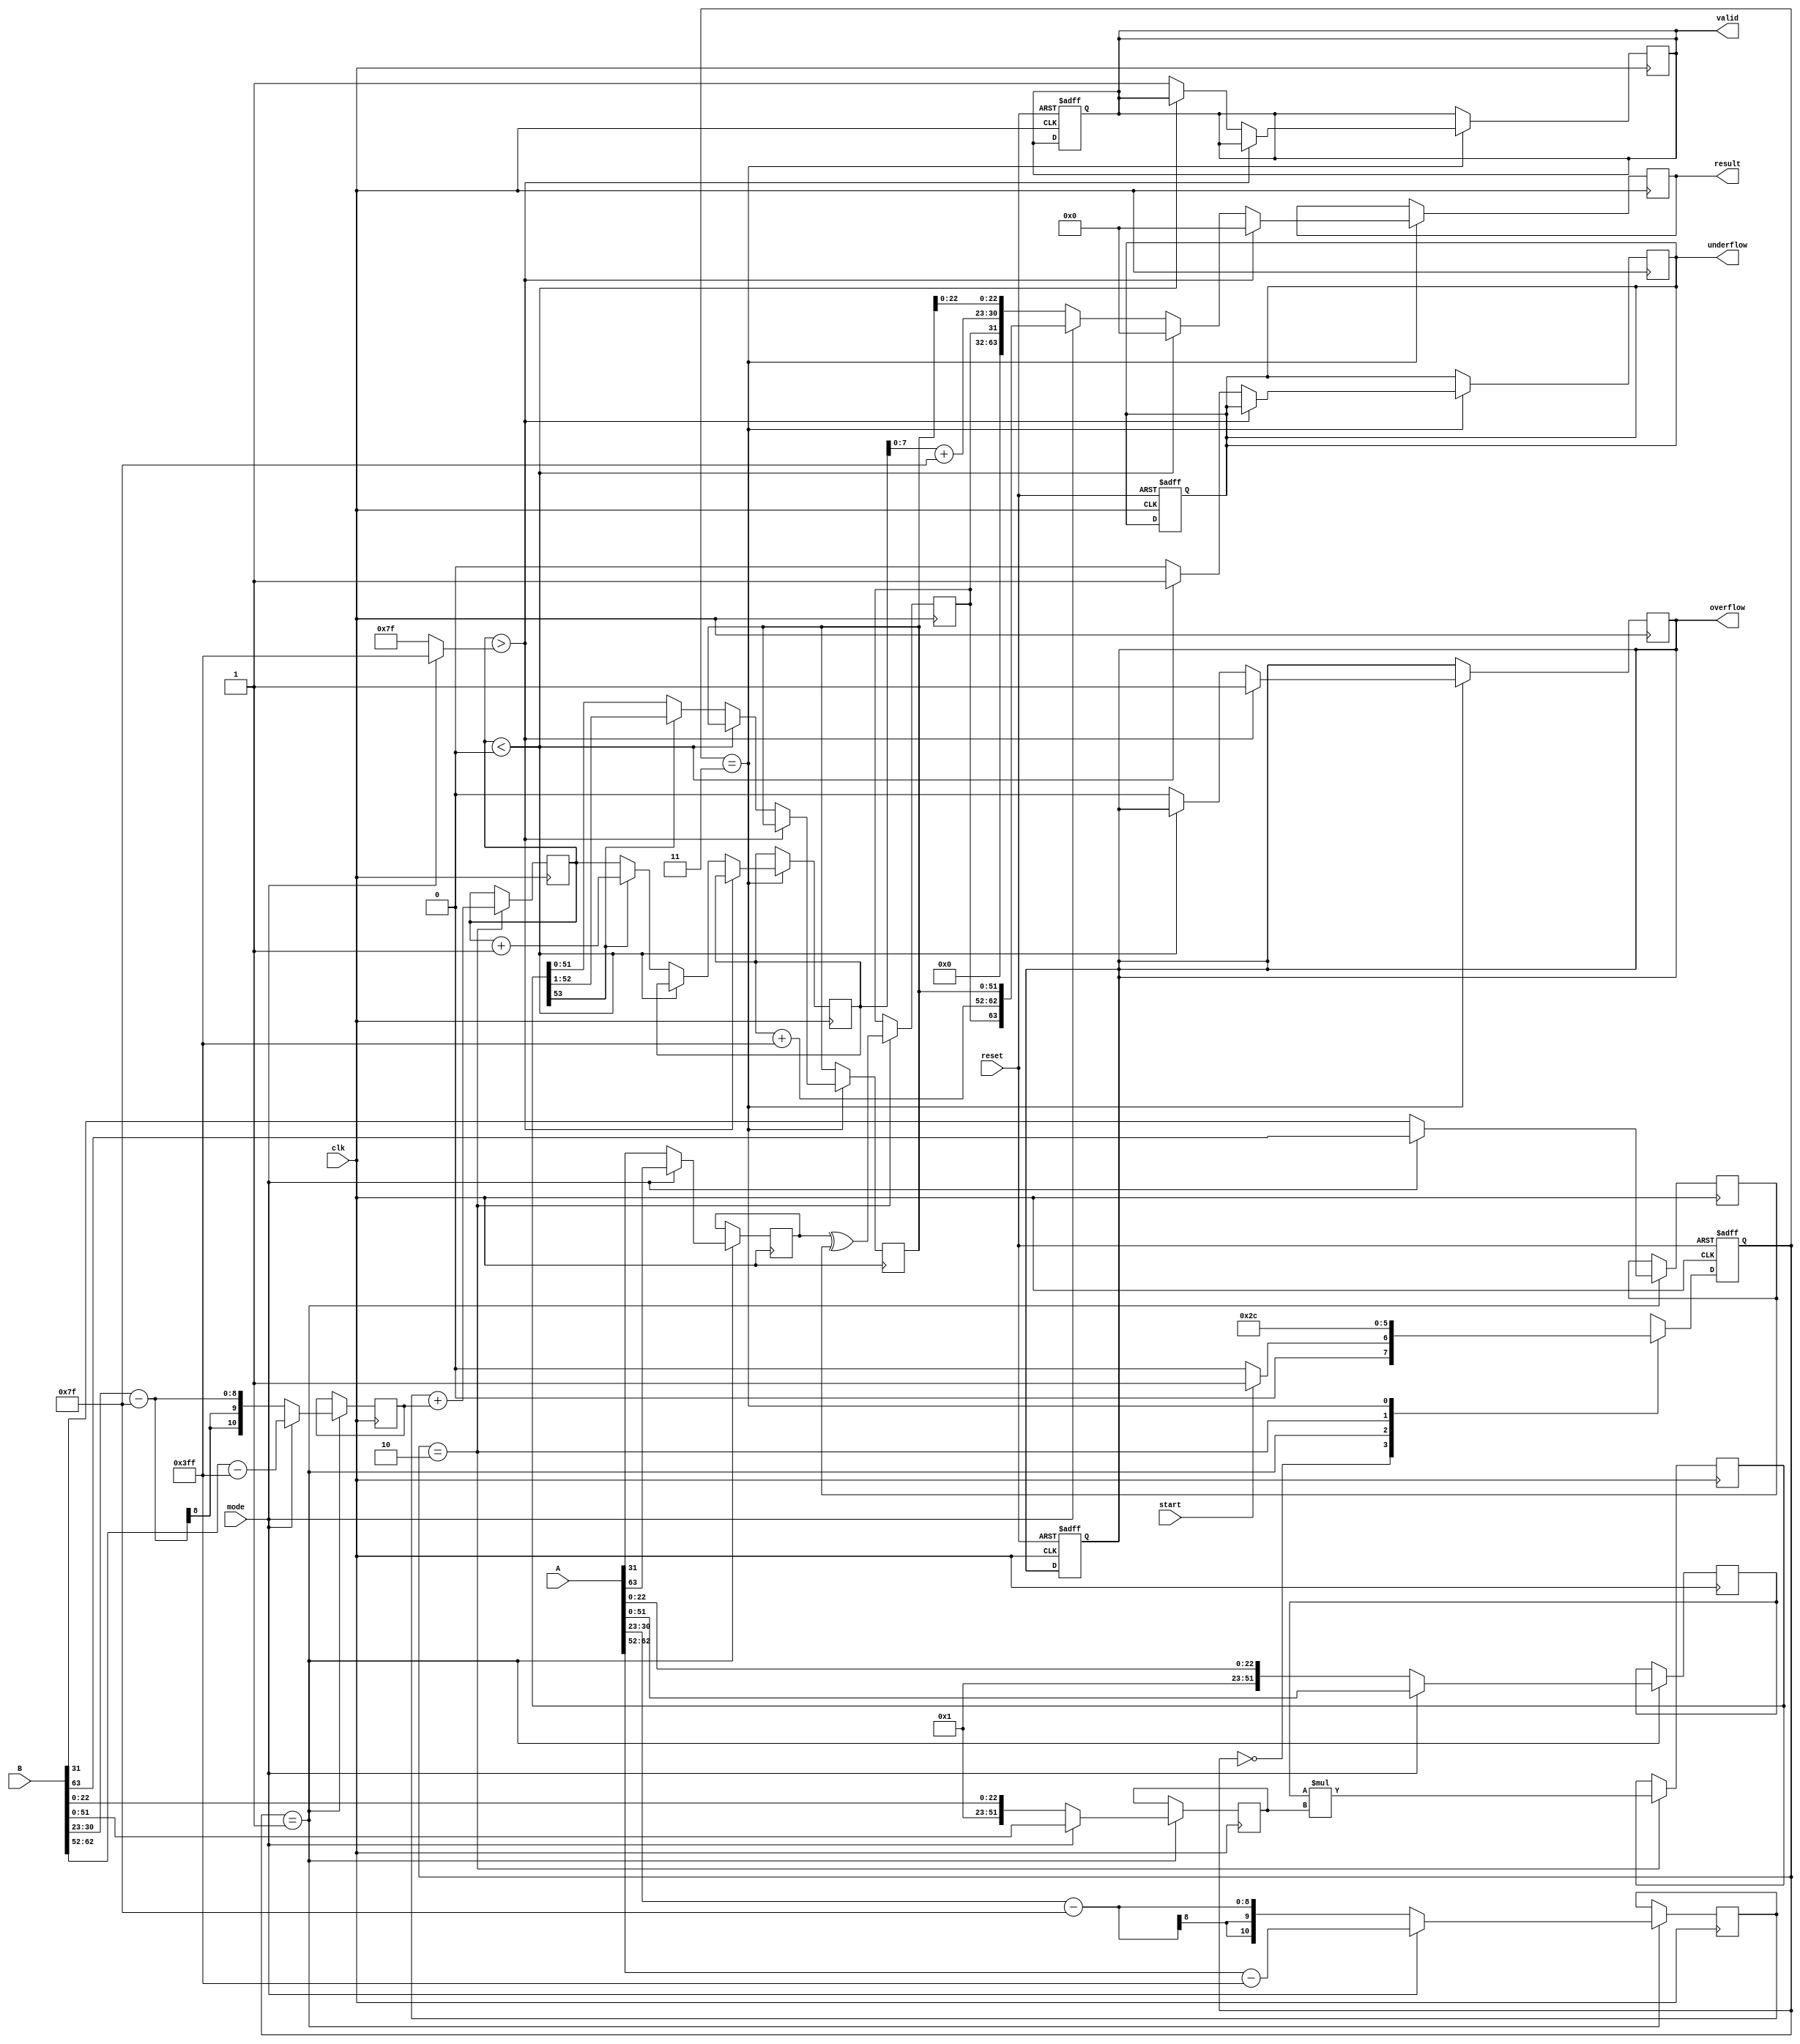
module floating_point_multiplier (
    input wire clk,
    input wire reset,
    input wire start,
    input wire mode, // 0 for single precision, 1 for double precision
    input wire [63:0] A, // Input A (64 bits for double precision)
    input wire [63:0] B, // Input B (64 bits for double precision)
    output reg [63:0] result, // Output result (64 bits for double precision)
    output reg valid,
    output reg overflow,
    output reg underflow
);

    // Constants for bias
    localparam SINGLE_BIAS = 8'd127;
    localparam DOUBLE_BIAS = 11'd1023;

    // Internal signals
    reg [1:0] state, next_state;
    reg sign_a, sign_b, sign_result;
    reg [10:0] exp_a, exp_b, exp_result;
    reg [51:0] mant_a, mant_b, mant_result;
    reg [53:0] mant_product; // Extra bits for product
    reg [10:0] exp_sum;

    // State encoding
    localparam IDLE = 2'b00, DECOMPOSE = 2'b01, MULTIPLY = 2'b10, FORMAT = 2'b11;

    // Decompose inputs
    always @(posedge clk or posedge reset) begin
        if (reset) begin
            state <= IDLE;
            valid <= 0;
            overflow <= 0;
            underflow <= 0;
        end else begin
            state <= next_state;
        end
    end

    // State machine
    always @(*) begin
        case (state)
            IDLE: begin
                if (start) begin
                    next_state = DECOMPOSE;
                end else begin
                    next_state = IDLE;
                end
            end
            DECOMPOSE: begin
                next_state = MULTIPLY;
            end
            MULTIPLY: begin
                next_state = FORMAT;
            end
            FORMAT: begin
                next_state = IDLE;
            end
            default: next_state = IDLE;
        endcase
    end

    // Decomposing floating-point numbers
    always @(posedge clk) begin
        if (state == DECOMPOSE) begin
            if (mode == 0) begin // Single precision
                sign_a <= A[31];
                exp_a <= A[30:23] - SINGLE_BIAS;
                mant_a <= {1'b1, A[22:0]}; // Implicit leading one
                sign_b <= B[31];
                exp_b <= B[30:23] - SINGLE_BIAS;
                mant_b <= {1'b1, B[22:0]};
            end else begin // Double precision
                sign_a <= A[63];
                exp_a <= A[62:52] - DOUBLE_BIAS;
                mant_a <= {1'b1, A[51:0]}; // Implicit leading one
                sign_b <= B[63];
                exp_b <= B[62:52] - DOUBLE_BIAS;
                mant_b <= {1'b1, B[51:0]};
            end
        end
    end

    // Mantissa multiplication
    always @(posedge clk) begin
        if (state == MULTIPLY) begin
            mant_product <= mant_a * mant_b; // Mantissa product
            exp_sum <= exp_a + exp_b; // Exponent sum
            sign_result <= sign_a ^ sign_b; // Result sign
        end
    end

    // Normalization and formatting
    always @(posedge clk) begin
        if (state == FORMAT) begin
            // Check for overflow/underflow
            if (exp_sum > (mode ? 11'd1023 : 8'd127)) begin
                overflow <= 1;
                result <= 0; // Set result to zero or handle overflow
            end else if (exp_sum < 0) begin
                underflow <= 1;
                result <= 0; // Set result to zero or handle underflow
            end else begin
                overflow <= 0;
                underflow <= 0;
                // Normalize mantissa
                if (mant_product[53]) begin // If leading bit is 1
                    mant_result <= mant_product[52:1]; // Shift right
                    exp_result <= exp_sum + 1; // Adjust exponent
                end else begin
                    mant_result <= mant_product[51:0]; // Use lower bits
                    exp_result <= exp_sum; // Keep exponent
                end
                // Assemble result
                if (mode == 0) begin // Single precision
                    result <= {sign_result, exp_result[7:0] + SINGLE_BIAS, mant_result[22:0]};
                end else begin // Double precision
                    result <= {sign_result, exp_result[10:0] + DOUBLE_BIAS, mant_result[51:0]};
                end
                valid <= 1; // Set valid output
            end
        end
    end

endmodule